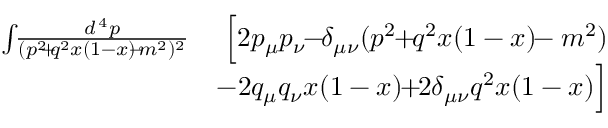
\begin{array} { r l r } { \int \! \! { \frac { d ^ { \, 4 } p } { ( p ^ { 2 } \! \! + \! \! q ^ { 2 } x ( 1 - x ) \! \! - \! \! m ^ { 2 } ) ^ { 2 } } } } & { } & { \! \! \! \! \! \! \! \Big [ 2 p _ { \mu } p _ { \nu } \! \! - \! \! \delta _ { \mu \nu } ( p ^ { 2 } \! \! + \! \! q ^ { 2 } x ( 1 - x ) \! \! - m ^ { 2 } ) } \\ & { } & { \! \! \! \! \! \! - 2 q _ { \mu } q _ { \nu } x ( 1 - x ) \! \! + \! \! 2 \delta _ { \mu \nu } q ^ { 2 } x ( 1 - x ) \Big ] } \end{array}